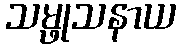
သမ္ဖုသနာယ